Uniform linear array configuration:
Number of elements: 48
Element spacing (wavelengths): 0.5
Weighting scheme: hamming
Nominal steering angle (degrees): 15
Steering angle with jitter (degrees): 16.805
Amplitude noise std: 0.05
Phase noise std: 0.05

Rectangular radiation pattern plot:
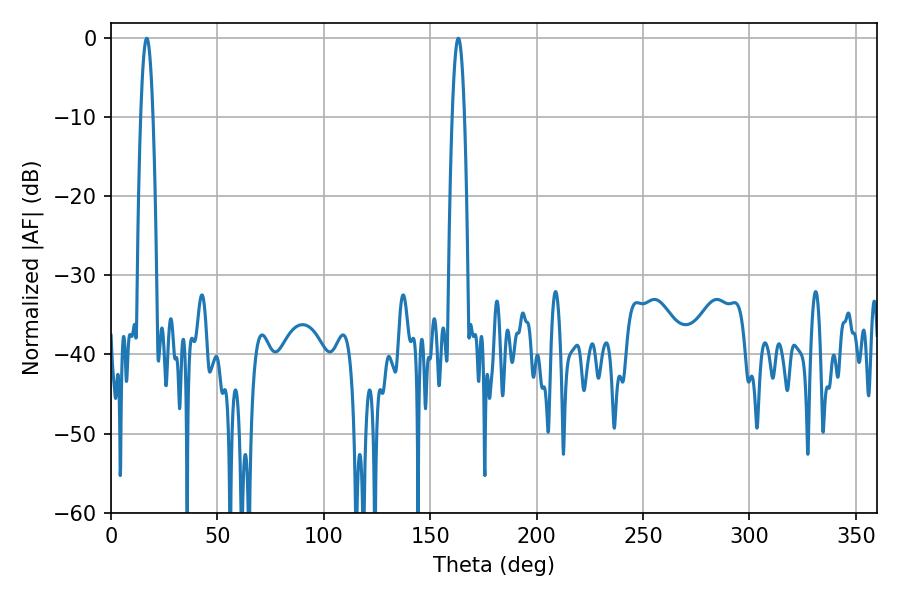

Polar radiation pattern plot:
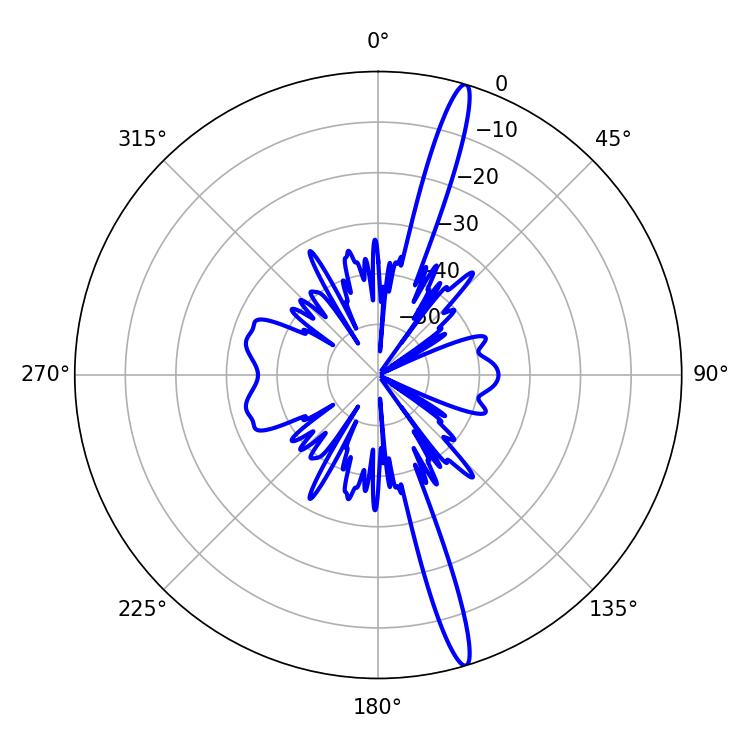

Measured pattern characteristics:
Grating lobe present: FALSE
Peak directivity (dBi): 17.607
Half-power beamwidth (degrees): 3.06
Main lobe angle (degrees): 16.74